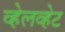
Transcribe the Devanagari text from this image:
व्हेलव्हेट